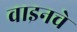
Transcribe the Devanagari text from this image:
वाइनचे